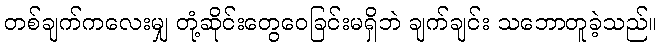
တစ်ချက်ကလေးမျှ တုံ့ဆိုင်းတွေဝေခြင်းမရှိဘဲ ချက်ချင်း သဘောတူခဲ့သည်။